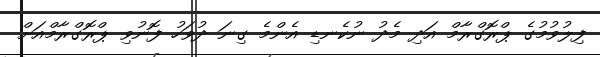
ފިލުވުމުގެ ޕްރޮގްރާމް އަދި މެދު ނުކެނޑި އެންމެ ގިނަ ދުވަހު ފޮނުވި ޕްރޮގްރާމްއަށް